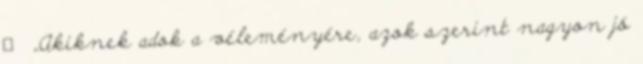
↑ „Akiknek adok a véleményére, azok szerint nagyon jó